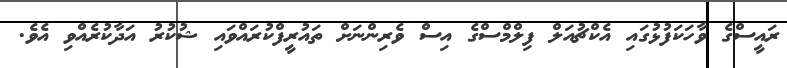
ރައީސްގެ ވާހަކަފުޅުގައި އެކްޗުއަލް ފިލްމްސްގެ އިސް ވެރިންނަށް ތައުރީފްކުރައްވައި ޝުކުރު އަދާކުރެއްވި އެވެ.